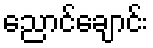
ညောင်ချောင်း